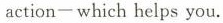
action-which helps you.